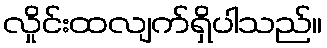
လှိုင်းထလျက်ရှိပါသည်။